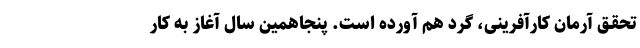
تحقـق آرمان کارآفرینی، گرد هم آورده است. پنجاهمین سال آغاز به کار